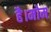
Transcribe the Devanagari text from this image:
है।मोम